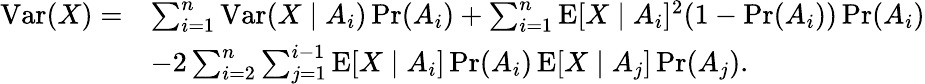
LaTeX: {\begin{array}{rl}{\operatorname{Var}(X)=}&{\sum_{i=1}^{n}\operatorname{Var}(X\mid A_{i})\operatorname*{Pr}(A_{i})+\sum_{i=1}^{n}\operatorname{E}[X\mid A_{i}]^{2}(1-\operatorname*{Pr}(A_{i}))\operatorname*{Pr}(A_{i})}\\ &{-2\sum_{i=2}^{n}\sum_{j=1}^{i-1}\operatorname{E}[X\mid A_{i}]\operatorname*{Pr}(A_{i})\operatorname{E}[X\mid A_{j}]\operatorname*{Pr}(A_{j}).}\end{array}}